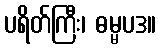
ပရိတ်ကြီး၊ ဓမ္မပဒ။